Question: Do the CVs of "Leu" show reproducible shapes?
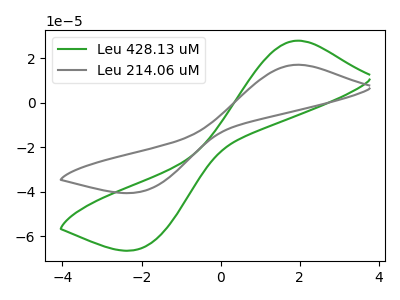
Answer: <think>The green curve "Leu 428.13 uM" has an anodic peak at (1.95V, 27.80uA) and a cathodic peak at (-2.00V, -65.35uA). The gray curve "Leu 214.06 uM" has an anodic peak at (1.95V, 17.00uA) and a cathodic peak at (-2.00V, -39.95uA).
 All the peaks in "Leu 428.13 uM" have a peak in "Leu 214.06 uM" at the same potential. Every peak in "Leu 428.13 uM" is higher than every peak in "Leu 214.06 uM".</think>
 <answer>All the CV's of "Leu" have similar shape.</answer>
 <eval>follow_rule</eval>